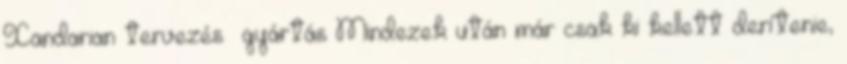
Xandarian tervezés gyártás Mindezek után már csak ki kellett derítenie,